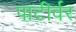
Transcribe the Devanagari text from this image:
पाटीर्वर